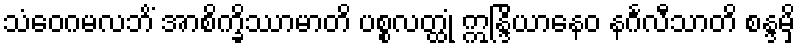
သံဝေဂမလဘိံ အာစိက္ခိဿာမာတိ ပစ္စလတ္ထုံ ဣန္ဒြိယာနေဝ နင်္ဂလီသာတိ စန္ဒမှိ